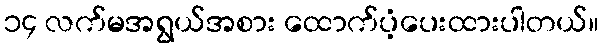
၁၄ လက်မအရွယ်အစား ထောက်ပံ့ပေးထားပါတယ်။